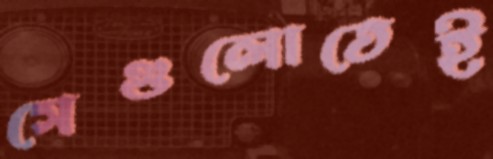
সেগুলোতেই